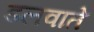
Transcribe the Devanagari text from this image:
डलवाते